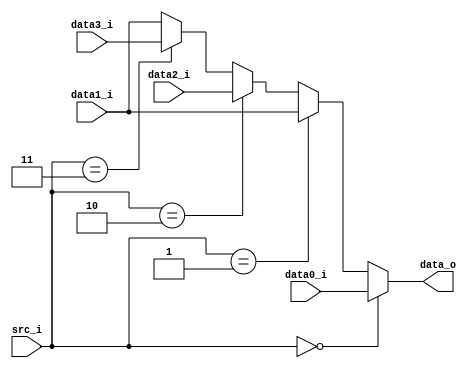
module MUX4 (
    src_i,
    data0_i,
    data1_i,
    data2_i,
    data3_i,
    data_o
);

input [31:0] data0_i, data1_i, data2_i, data3_i;
input [1:0] src_i;
output [31:0] data_o;
assign data_o = (src_i == 2'b00) ? data0_i :
                (src_i == 2'b01) ? data1_i :
                (src_i == 2'b10) ? data2_i :
                (src_i == 2'b11) ? data3_i :
                data1_i;
    
endmodule